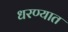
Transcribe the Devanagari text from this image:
धरण्‍यात